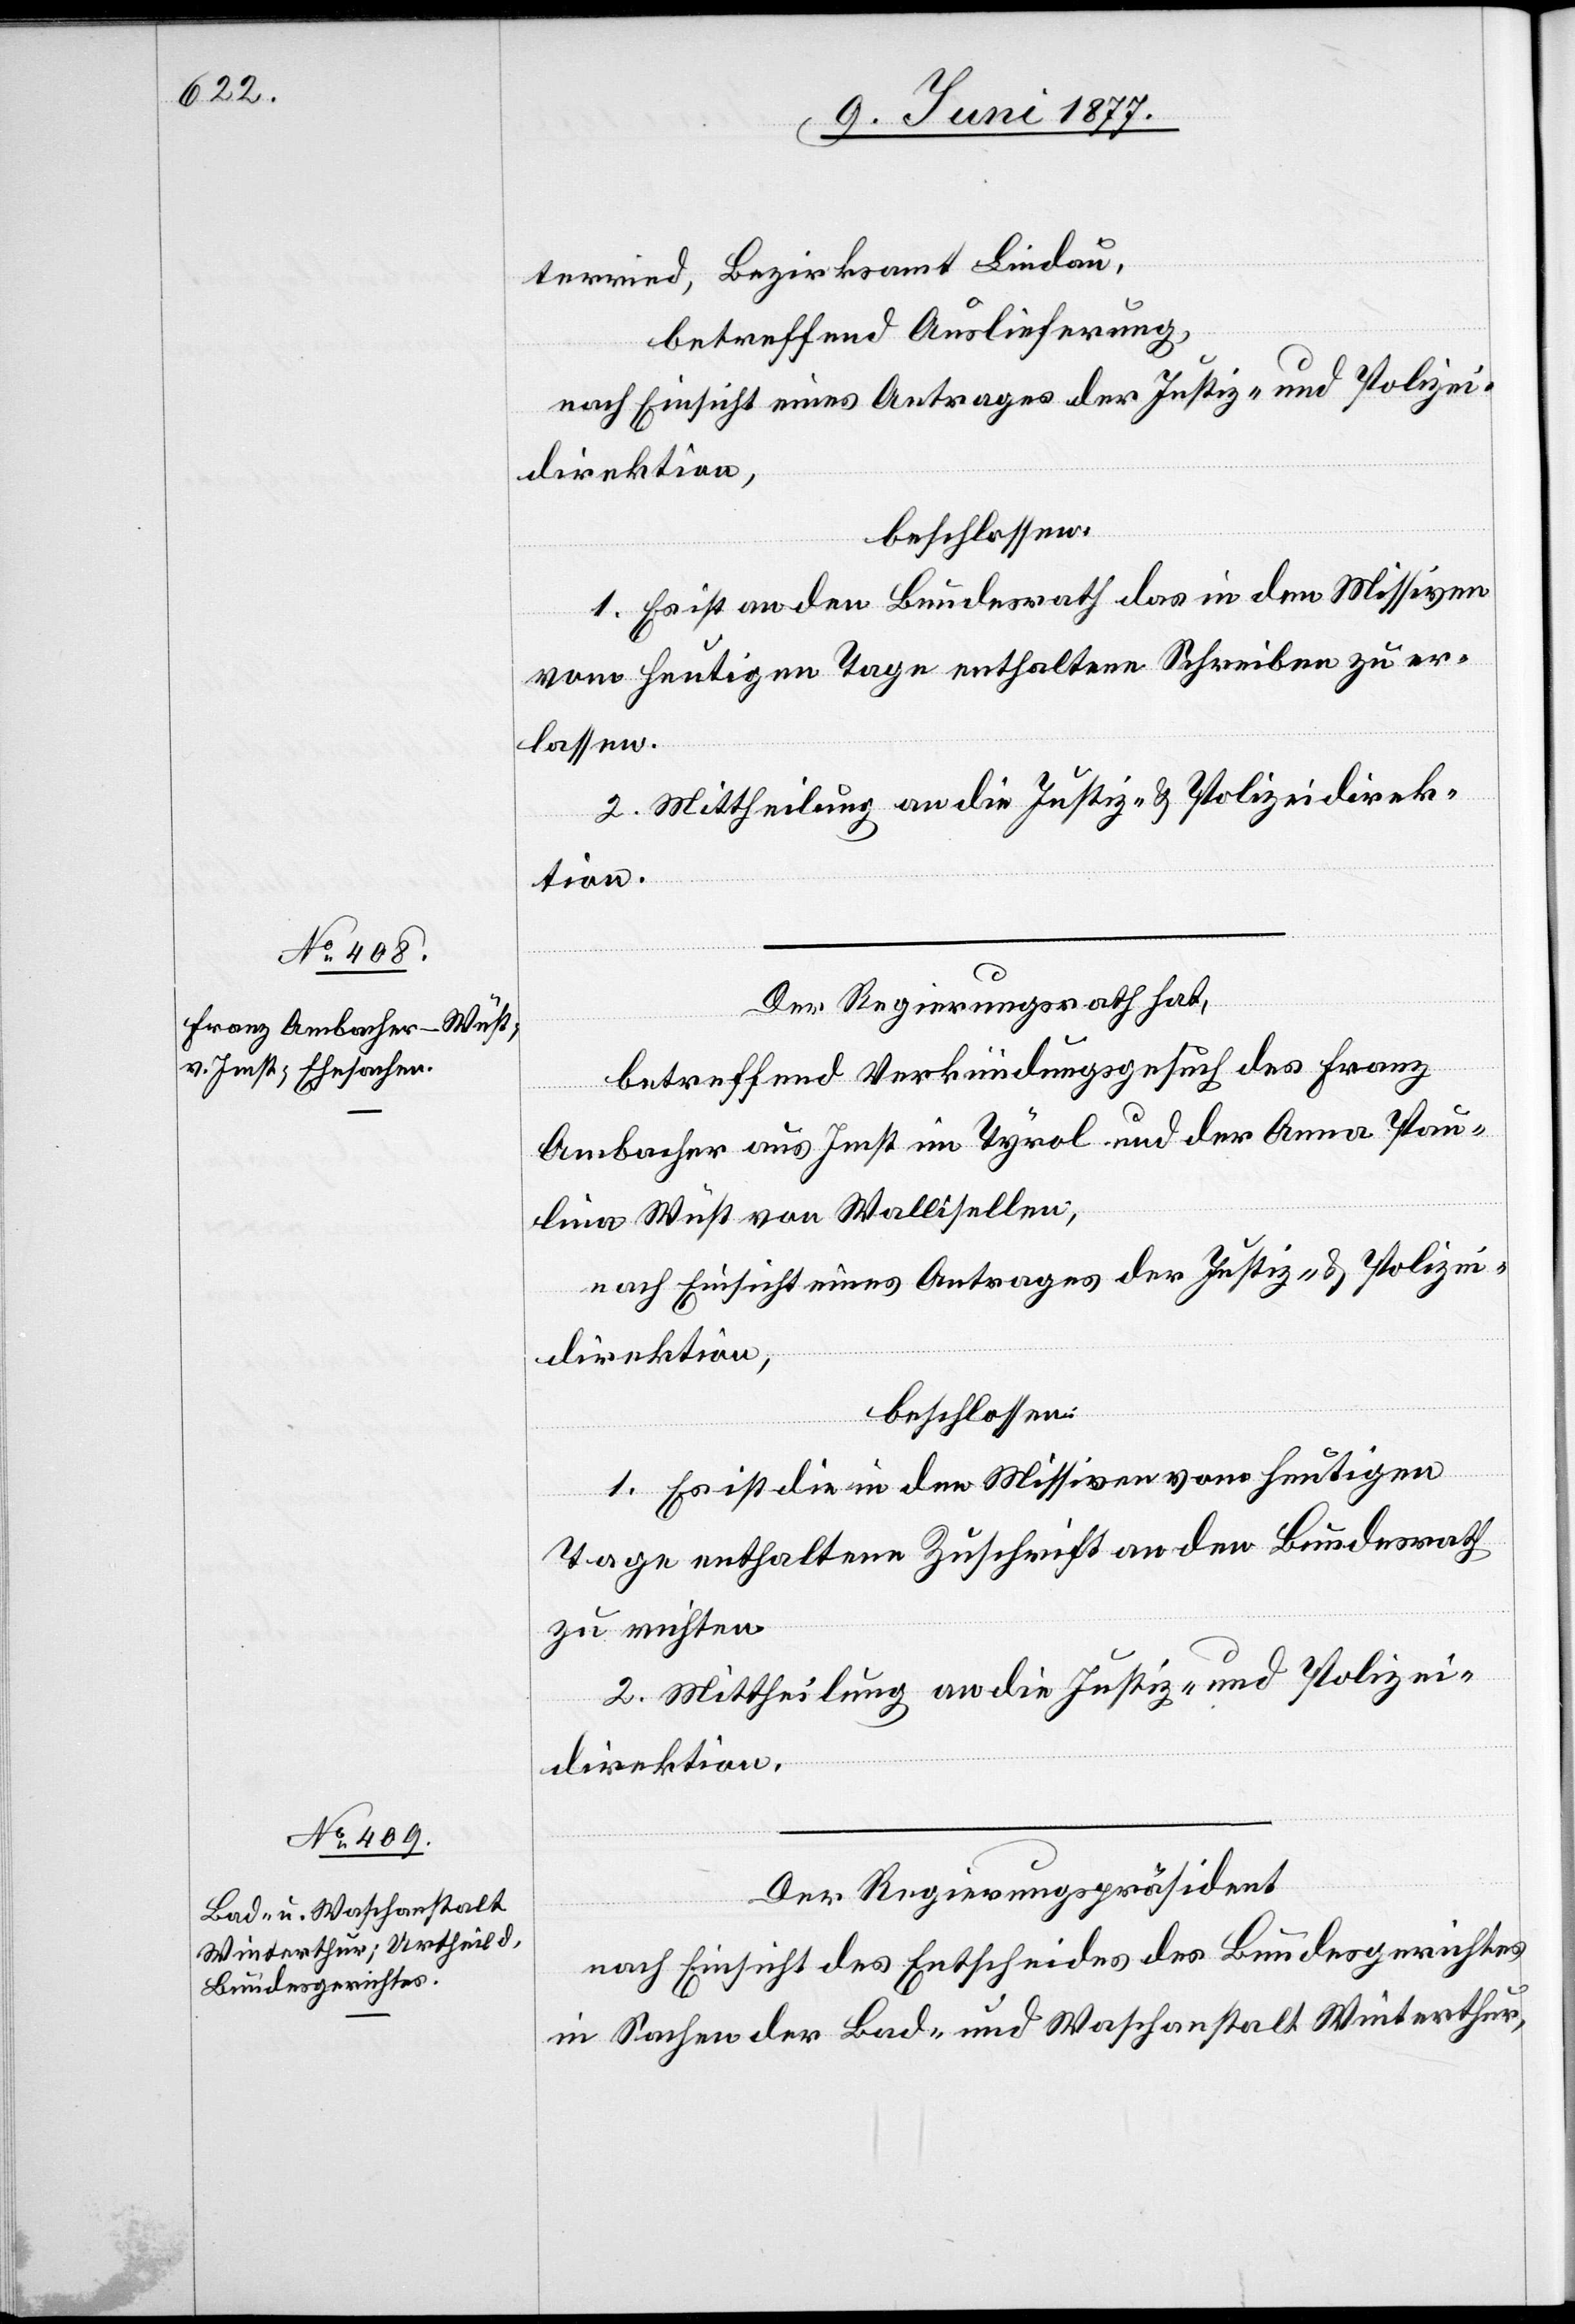
12. Juni 1877.]
terried, Bezirksamt Lindau,
betreffend Auslieferung,
nach Einsicht eines Antrages der Justiz- und Polizei¬
direktion,
beschlossen:
1. Es ist an den Bundesrath das in den Missiven
vom heutigen Tage enthaltene Schreiben zu er¬
lassen.
2. Mittheilung an die Justiz- & Polizeidirek¬
tion.
Der Regierungsrath hat,
betreffend Verkündungsgesuch des Franz
Ambacher aus Imst im Tyrol und der Anna Pau¬
lina Wüst von Wallisellen,
nach Einsicht eines Antrages der Justiz- & Polizei¬
direktion,
beschlossen:
1. Es ist die in den Missiven vom heutigen
Tage enthaltene Zuschrift an den Bundesrath
zu richten.
2. Mittheilung an die Justiz- und Polizei¬
direktion.
Der Regierungspräsident
nach Einsicht des Entscheides des Bundesgerichtes
in Sachen der Bad- und Waschanstalt Winterthur,